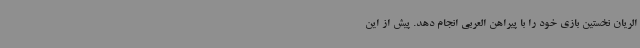
الریان نخستین بازی خود را با پیراهن العربی انجام دهد. پیش از این